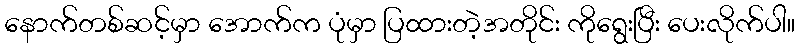
နောက်တစ်ဆင့်မှာ အောက်က ပုံမှာ ပြထားတဲ့အတိုင်း ကိုရွေးပြီး ပေးလိုက်ပါ။